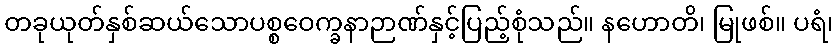
တခုယုတ်နှစ်ဆယ်သောပစ္စဝေက္ခနာဉာဏ်နှင့်ပြည့်စုံသည်။ နဟောတိ၊ မြုဖစ်။ ပရံ၊